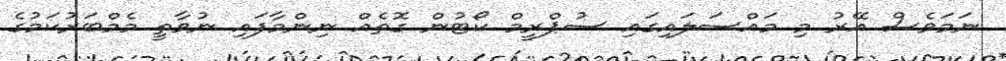
ނަމަވެސް އޭރު މި މައްސަލައިގައި ސުޕްރީމް ކޯޓުން ގޮތެއް ނިންމާފައި ނުވާތީ މެމްބަރުކަމުގެ